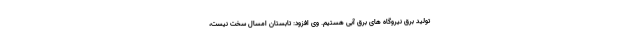
تولید برق نیروگاه های برق آبی هستیم. وی افزود: تابستان امسال سخت نیست،